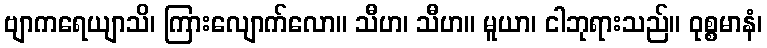
ဗျာကရေယျာသိ၊ ကြားလျောက်လော။ သီဟ၊ သီဟ။ မူယာ၊ ငါဘုရားသည်။ ဝုစ္စမာနံ၊